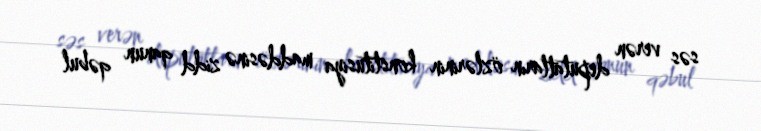
səs verən deputatların özlərinin konstitusiya maddəsinə zidd qanun qəbul